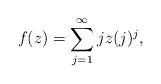
LaTeX: \begin{align*}f(z)=\sum_{j=1}^\infty jz(j)^j, \end{align*}